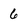
Character: 6